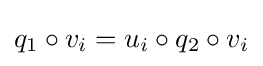
q_{1}\circ v_{i}=u_{i}\circ q_{2}\circ v_{i}